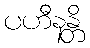
ပဟီနန္တိ